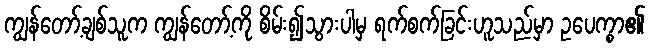
ကျွန်တော့်ချစ်သူက ကျွန်တော့်ကို စိမ်း၍သွားပါမှ ရက်စက်ခြင်းဟူသည်မှာ ဥပေက္စာ၏